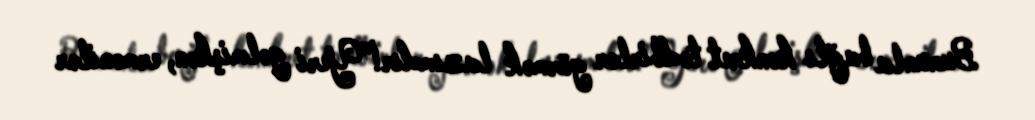
Bununla bağlı konkret tədbirlər görmək lazımdır!”Yeri gəlmişkən, ermənilər